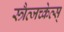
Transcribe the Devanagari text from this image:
स्त्रैत्जच्केत्स्